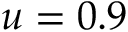
u = 0 . 9